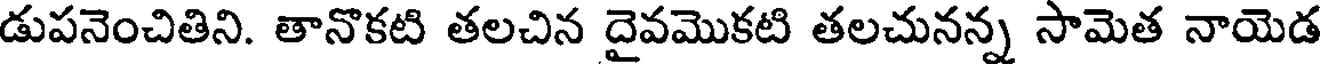
డుపనెంచితిని. తానొకటి తలచిన దైవమొకటి తలచునన్న సామెత నాయెడ